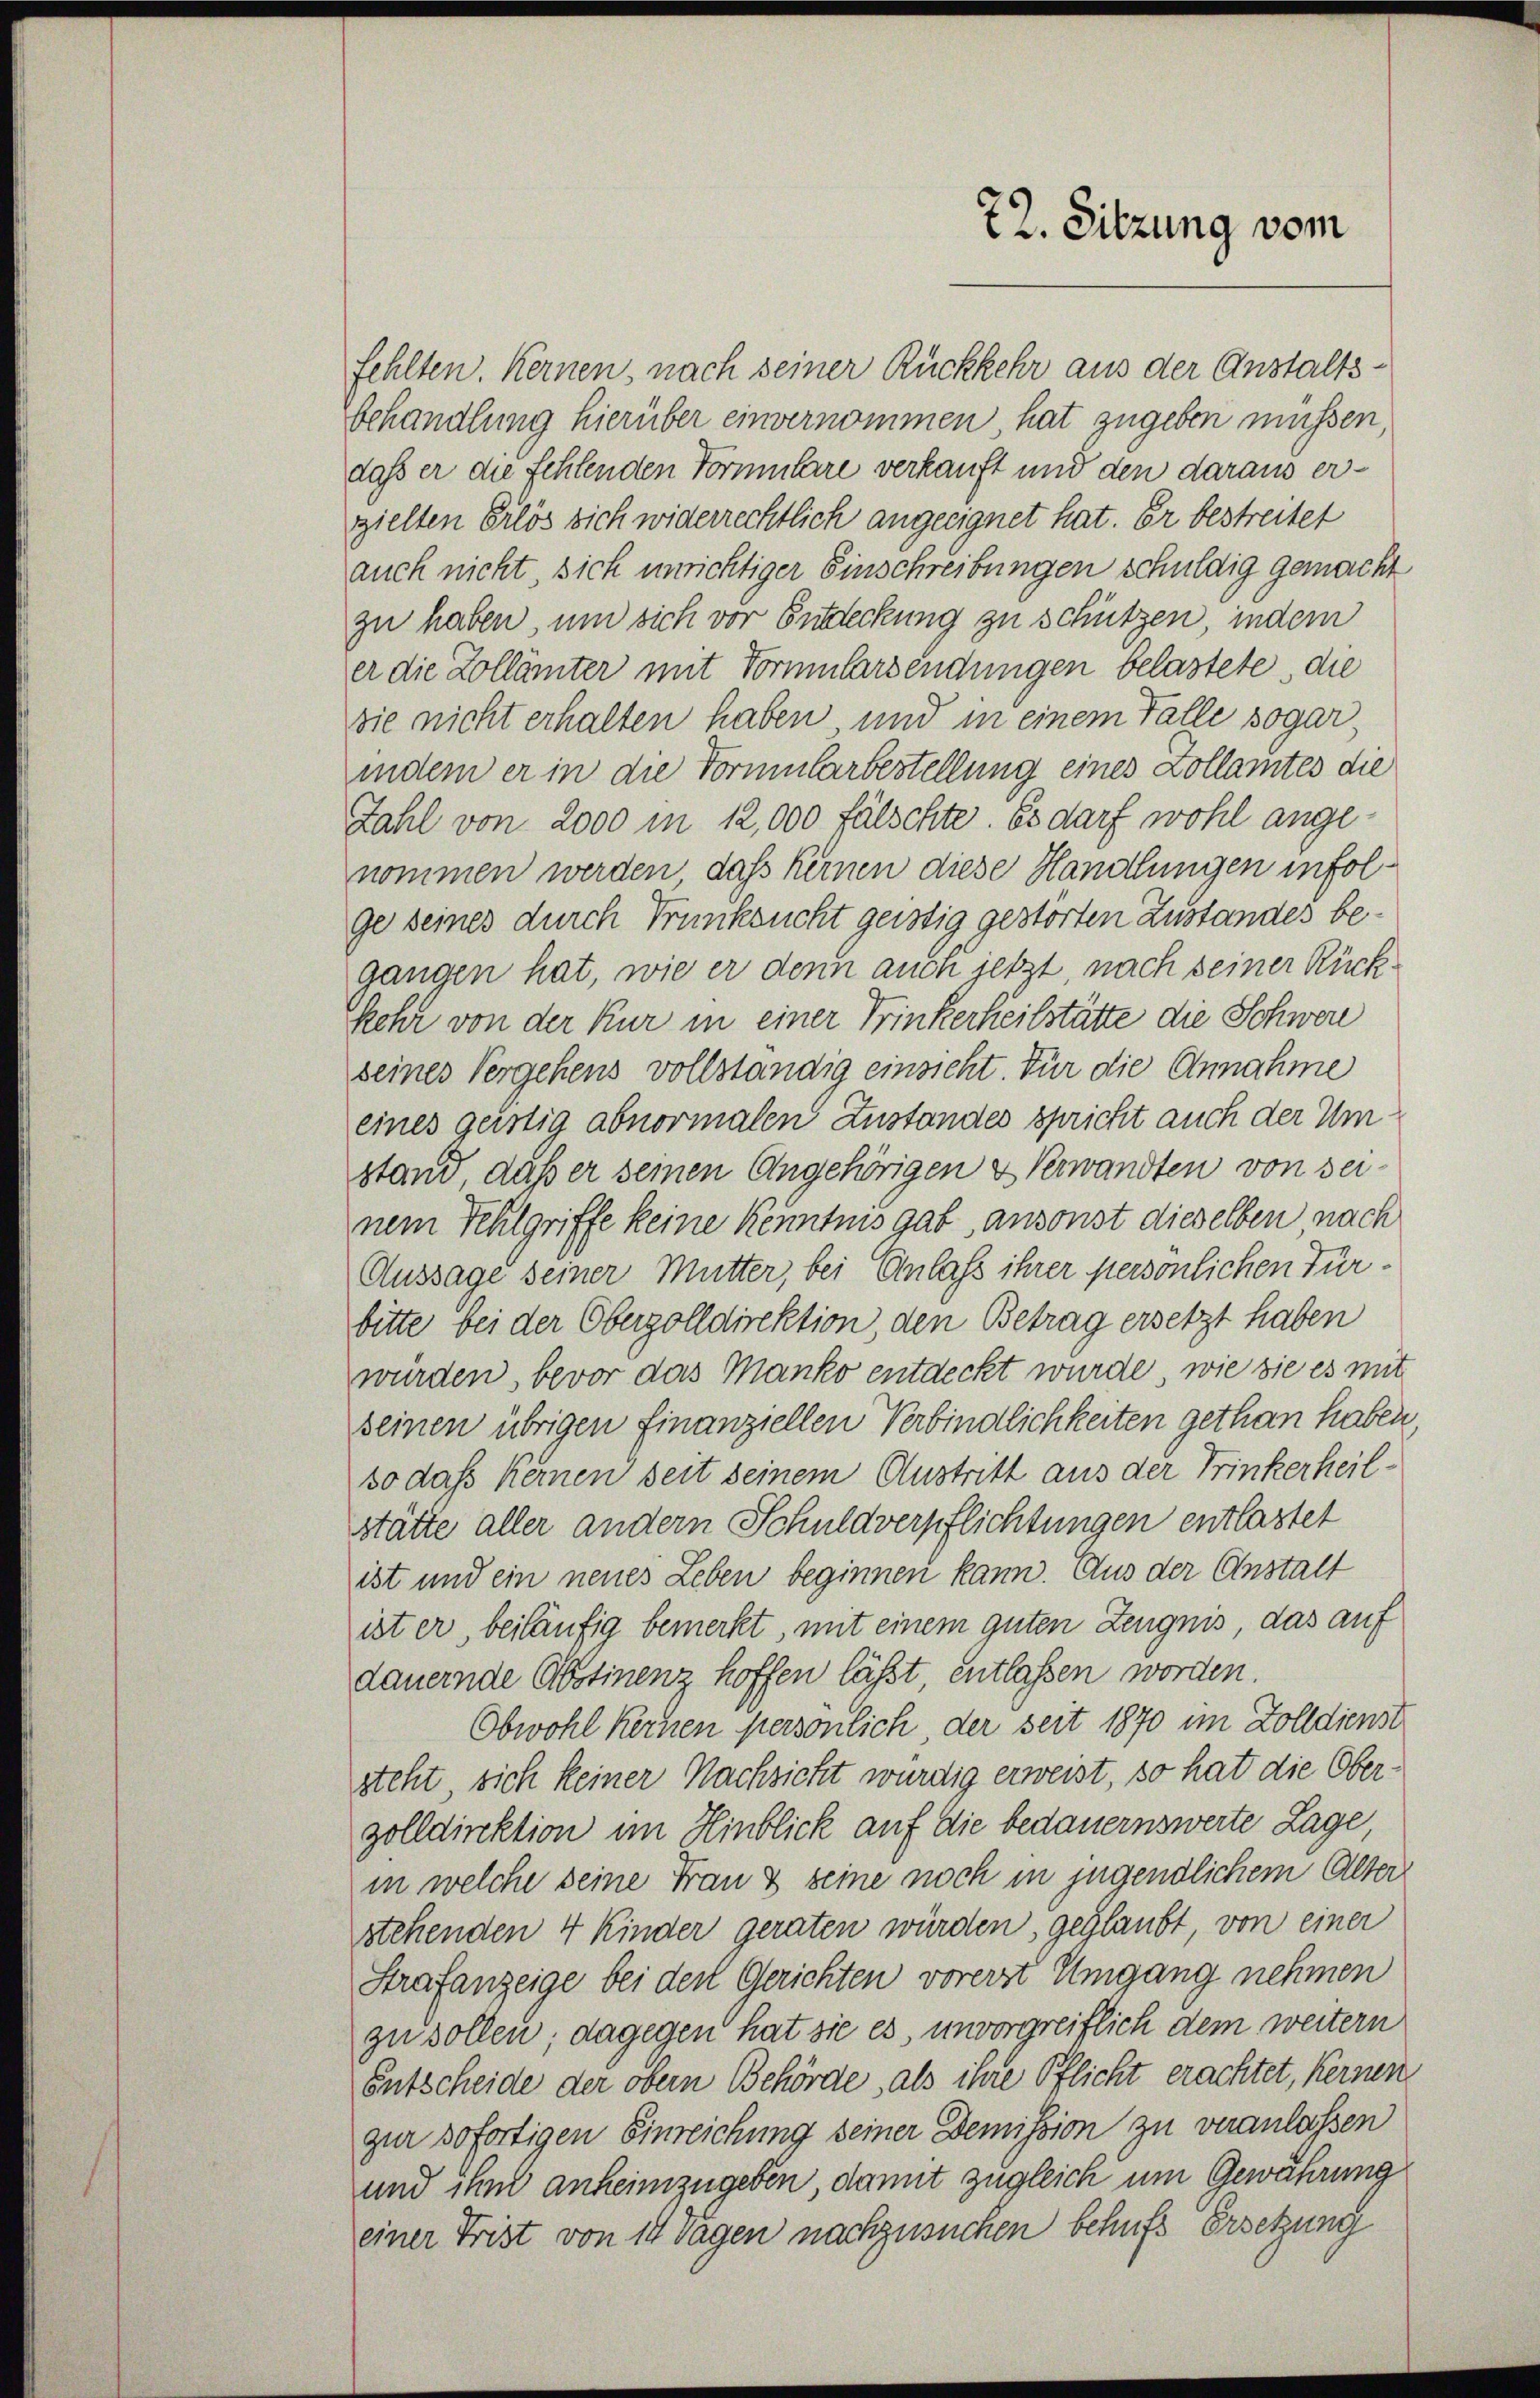
fehlten. Kernen, nach seiner Rückkehr aus der Anstalts¬
Behandlung hierüber einvernommen hat zugeben müssen,
daß er die fehlenden Formulare verkauft und den daraus erzielten Erlös sich widerrechtlich angeeignet hat. Er bestreitet
auch nicht, sich unrichtiger Einschreibungen schuldig gemacht
zu haben, um sich vor Entdeckung zu schützen, indem
er die Zollämter mit Vormularsendungen belastete, die
sie nicht erhalten haben und in einem Falle sogar
indem er in die Formularbestellung eines Zollamtes die
Zahl von 2000 in 12,000 fälschte. Es darf wohl angenommen werden, daß keinen diese Handlungen infolge seines durch Trunksucht geistig gestörten Zustandes begangen hat, wie er denn auch jetzt, nach seiner Rückkehr von der Kur in einer Trinkerheitstätte die Schwere
seines Vergehens vollständig einsicht. Für die Annahme
eines geistig abnormalen Zustandes spricht auch der Umstand, daß er seinen Angehörigen & Verwandten von seinem Fehlgriffe keine Kenntnis gab ansonst dieselben, nach
Aussage seiner Mutter, bei Einlass ihrer persönlichen Türbitte bei der Oberzolldirektion, den Betrag ersetzt haben
wurden, bevor das Manko entdeckt wurde, wie sie es mit
seinen übrigen Finanziellen Verbindlichkeiten gethan haben,
so daß keinen seit seinem Austritt aus der Trinkerheilstätte aller andern Schuldverpflichtungen entlastet
ist und ein neues Leben beginnen kann. Aus der Anstalt
ist er beiläufig bemerkt, mit einem guten Zeugnis, das auf
dauernde Abstinenz hoffen läßt entlassen worden.
Obwohl Kerken persönlich, der seit 1870 im Zolldienst
steht sich keiner Nachsicht würdig erweist, so hat die Oberzolldirektion im Hinblick auf die bedauernswerte Lage,
in welche seine Frau & seine noch in jugendlichem Alter
stehenden 4 Kinder geraten würden, geglaubt, von einer
Strafanzeige bei der Gerichten vorerst Umgang nehmen
zu sollen; dagegen hat sie es, unvorgreiflich dem weitern
Entscheide der obern Behörde, als ihre Pflicht erachtet, keinen
gur sofortigen Einreichung seiner Demission zu veranlassen
und ihm anheimzugeben, damit zugleich um Gewährung
einer Frist von 14 Tagen nachzusuchen behufs Ersetzung

72. Sitzung vom